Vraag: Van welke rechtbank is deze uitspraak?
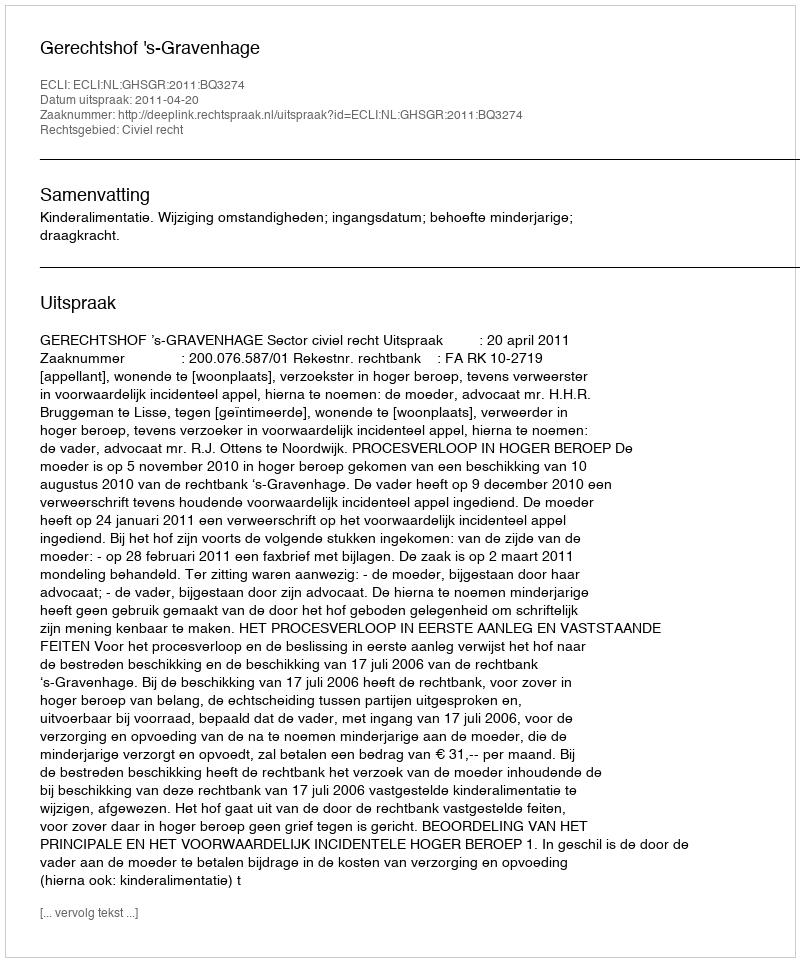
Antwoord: Gerechtshof 's-Gravenhage